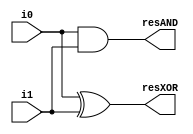
`timescale 1ns / 1ps
//////////////////////////////////////////////////////////////////////////////////
// Company: 
// Engineer: 
// 
// Design Name: 
// Module Name: medioSumador
// Project Name: 
// Target Devices: 
// Tool Versions: 
// Description: 
// 
// Dependencies: 
// 
// Revision:
// Revision 0.01 - File Created
// Additional Comments:
// 
//////////////////////////////////////////////////////////////////////////////////


module medioSumador(
    input i0,i1,
    output resAND,resXOR
    );
    
   assign resXOR = i0 ^ i1; 
   assign resAND = i0 & i1;
   
    
endmodule